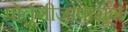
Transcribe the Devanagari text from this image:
पोर्तुगीजांपासून